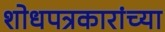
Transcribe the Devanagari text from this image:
शोधपत्रकारांच्या